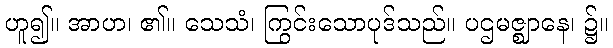
ဟူ၍။ အာဟ၊ ၏။ သေသံ၊ ကြွင်းသောပုဒ်သည်။ ပဌမဇ္ဈာနေ၊ ၌။